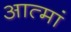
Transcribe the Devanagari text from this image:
आत्मां